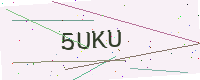
Text: 5UKU